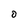
Character: O